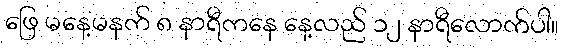
ဖြေ မနေ့မနက် ၈ နာရီကနေ နေ့လည် ၁၂ နာရီလောက်ပါ။